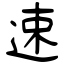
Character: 速